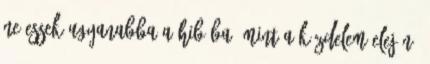
ne essek ugyanabba a hibába, mint a küzdelem elején.